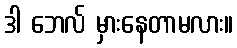
ဒါ ဘေလ် မှားနေတာမလား။